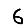
Digit: 6